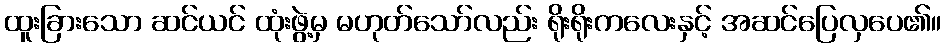
ထူးခြားသော ဆင်ယင် ထုံးဖွဲ့မှ မဟုတ်သော်လည်း ရိုးရိုးကလေးနှင့် အဆင်ပြေလှပေ၏။